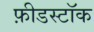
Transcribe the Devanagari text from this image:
फ़ीडस्टॉक